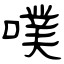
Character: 噗